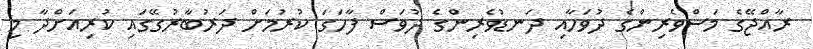
ރާއްޖޭގެ މަސްވެރިންގެ ދުވަހާއި ދަނޑުވެރިންގެ ދުވަސް ފާހަގަ ކުރުމަށް ދަރުބާރުގޭގައި ކުރިއަށްދާ މި